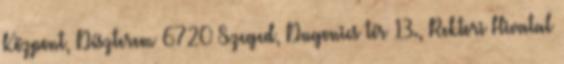
Központ, Díszterem 6720 Szeged, Dugonics tér 13., Rektori Hivatal